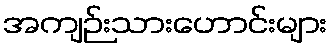
အကျဉ်းသားဟောင်းများ